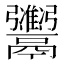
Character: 𫙇